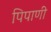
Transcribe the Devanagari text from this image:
पिपाणी